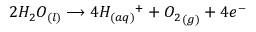
2 { H _ { 2 } } O _ { ( l ) } \longrightarrow 4 H _ { ( a q ) } { ^ { + } } + { O _ { 2 } } _ { ( g ) } + 4 e ^ { - }